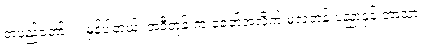
တပည့်တော်။ ။ မှန်ပါတယ်၊ အဲဒီတုန်းက ခေတ်အလိုက် မူလတန်းပညာနှင့် ဘာသာ